Punjab Mental Hospital Lahore 1922-31 - 1922-1931
Year: 1922
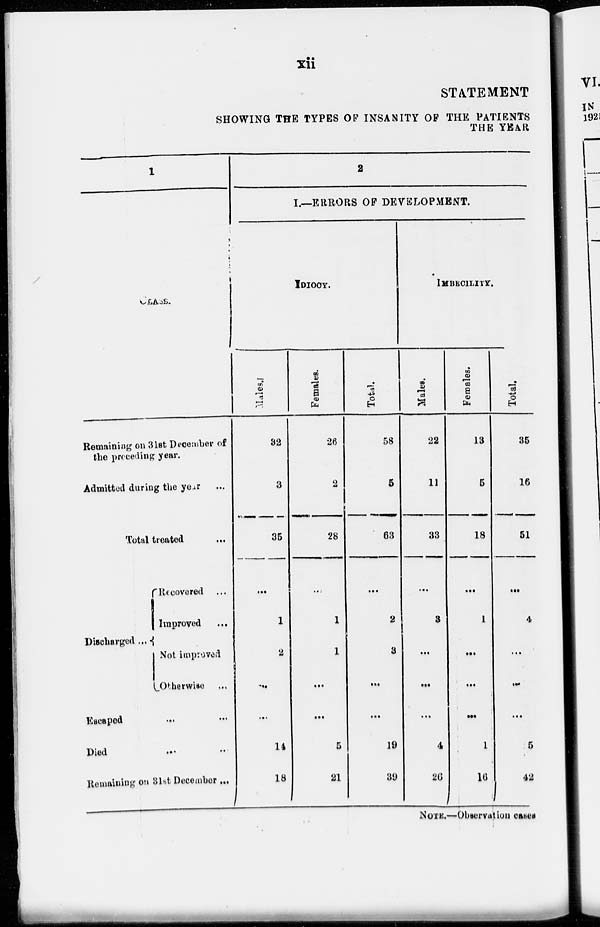
xii
STATEMENT
SHOWING THE TYPES OF INSANITY OF THE PATIENTS
THE YEAR
1
Remaining on 31st December of
the preceding year.
Admitted during the year ...
Total treated ...
Discharged ...
Recovered ...
Improved ...
Not improved
Otherwise ...
Escaped ... ...
Died ... ...
Remaining on 31st December ...
2
I.—ERRORS OF DEVELOPMENT.
IDIOCY.
Males.
32
3
35
...
1
2
...
...
14
18
Females.
26
2
28
...
1
1
...
...
5
21
Total.
58
5
63
...
2
3
...
...
19
39
IMBECILITY.
Males.
22
11
33
...
3
...
...
...
4
26
Females.
13
5
18
...
1
...
...
...
1
16
Total.
35
16
51
...
4
...
...
...
5
42
NOTE.—Observation cases